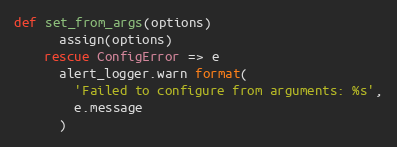
Language: Ruby
def set_from_args(options)
      assign(options)
    rescue ConfigError => e
      alert_logger.warn format(
        'Failed to configure from arguments: %s',
        e.message
      )